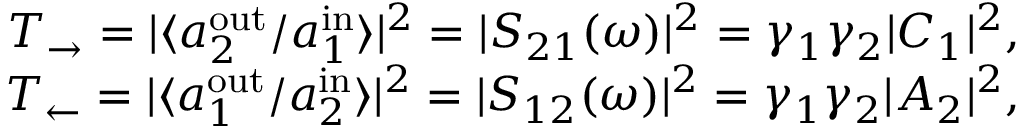
\begin{array} { r } { T _ { \rightarrow } = | \langle a _ { 2 } ^ { \mathrm { o u t } } / a _ { 1 } ^ { \mathrm { i n } } \rangle | ^ { 2 } = | S _ { 2 1 } ( \omega ) | ^ { 2 } = \gamma _ { 1 } \gamma _ { 2 } | C _ { 1 } | ^ { 2 } , } \\ { T _ { \leftarrow } = | \langle a _ { 1 } ^ { \mathrm { o u t } } / a _ { 2 } ^ { \mathrm { i n } } \rangle | ^ { 2 } = | S _ { 1 2 } ( \omega ) | ^ { 2 } = \gamma _ { 1 } \gamma _ { 2 } | A _ { 2 } | ^ { 2 } , } \end{array}